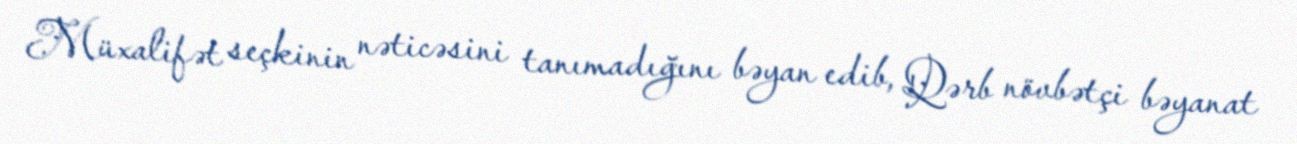
Müxalifət seçkinin nəticəsini tanımadığını bəyan edib, Qərb növbətçi bəyanat